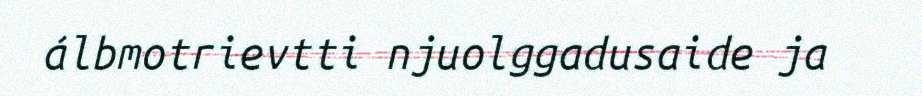
álbmotrievtti njuolggadusaide ja